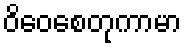
ဝိဝေစေတုကာမာ